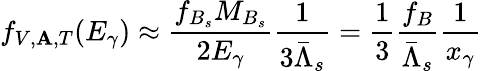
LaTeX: f_{V,\mathbf{A},T}(E_{\gamma})\approx\frac{{f_{B_{s}}M_{B_{s}}}}{{2E_{\gamma}}}\frac{{1}}{{3\bar{{\Lambda}}_{s}}}=\frac{{1}}{{3}}\frac{{f_{B}}}{{\bar{{\Lambda}}_{s}}}\frac{{1}}{{x_{\gamma}}}